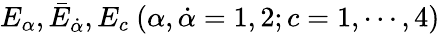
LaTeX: E_{\alpha},{\bar{E}}_{\dot{\alpha}},E_{c}\ (\alpha,\dot{\alpha}=1,2;c=1,\cdots,4)